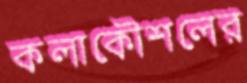
কলাকৌশলের